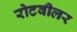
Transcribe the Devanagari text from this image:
रोटवीलर